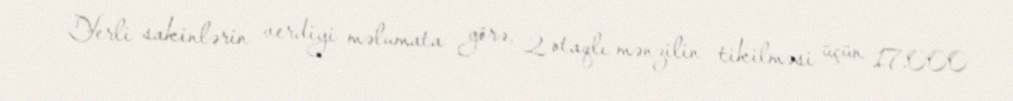
Yerli sakinlərin verdiyi məlumata görə, 2 otaqlı mənzilin tikilməsi üçün 17.000